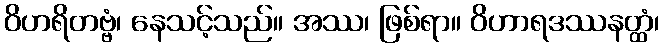
ဝိဟရိတဗ္ဗံ၊ နေသင့်သည်။ အဿ၊ ဖြစ်ရာ။ ဝိဟာရဒဿနတ္ထံ၊